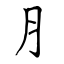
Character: ⺼